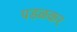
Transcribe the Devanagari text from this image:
पडळकर